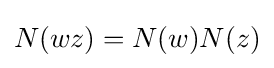
N(wz)=N(w)N(z)